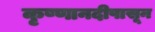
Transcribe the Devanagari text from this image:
कृष्णानदीपासून